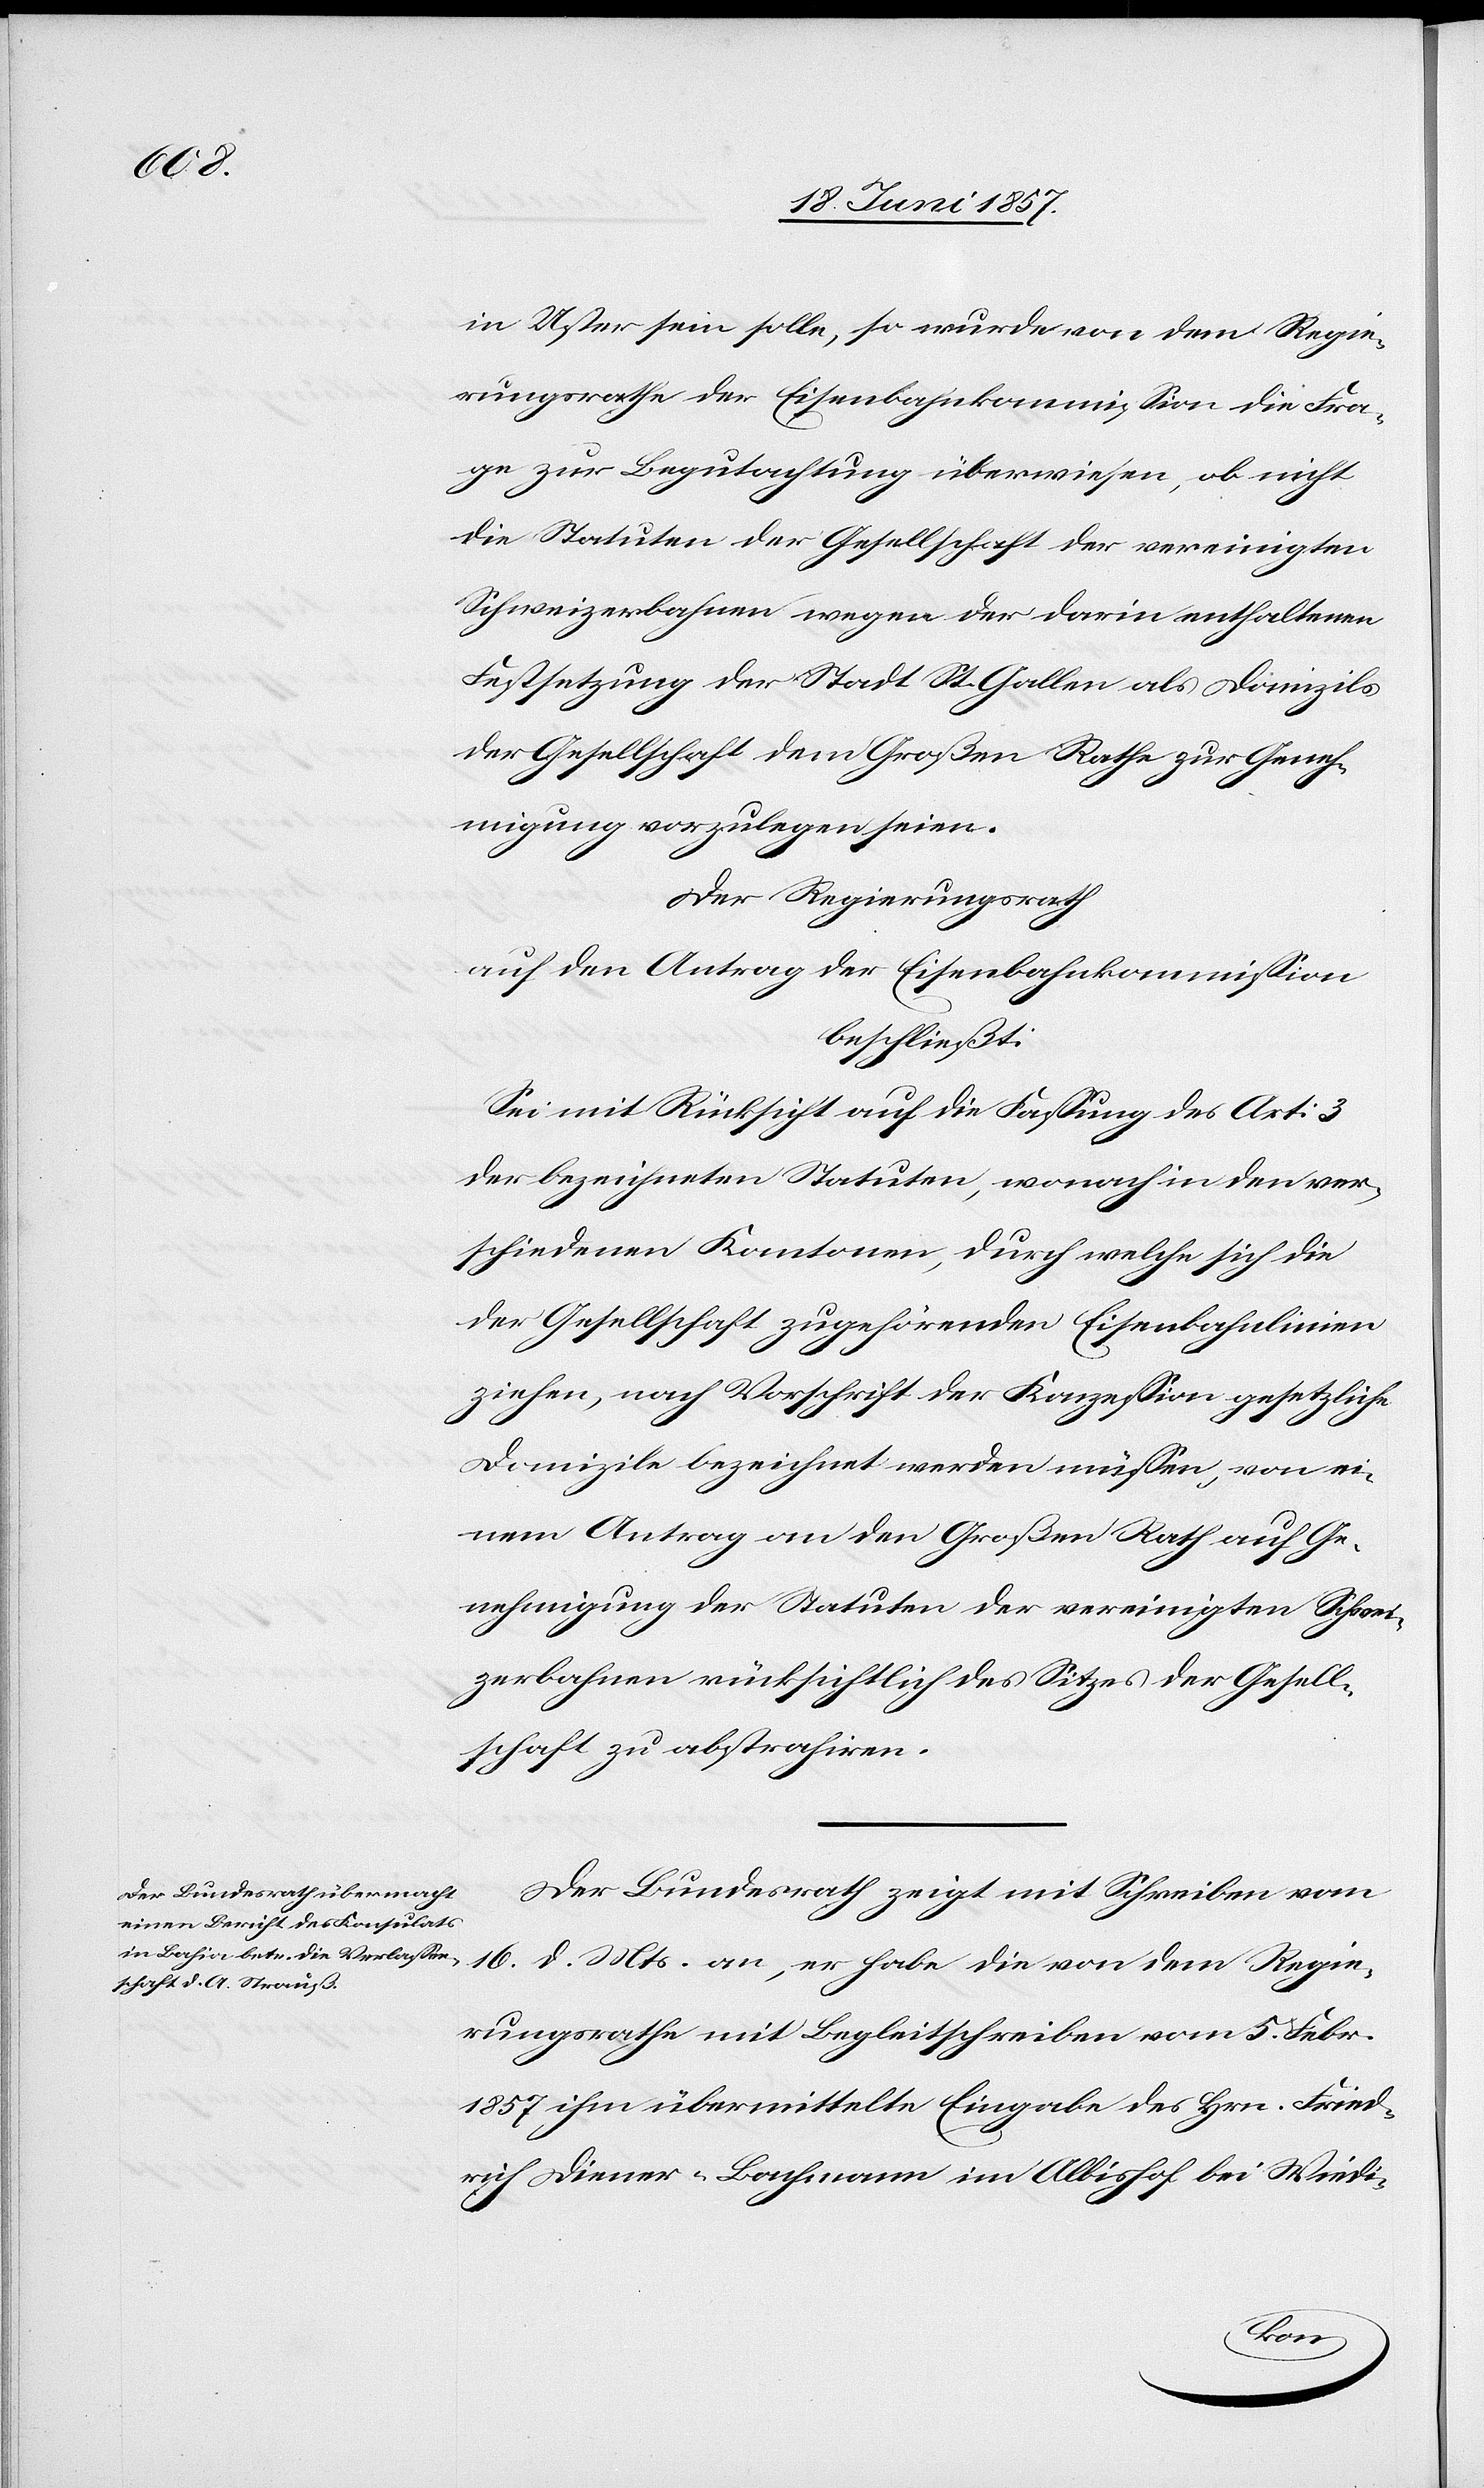
in Uster sein solle, so wurde von dem Regie¬
rungsrathe der Eisenbahnkommission die Fra¬
ge zur Begutachtung überwiesen, ob nicht
die Statuten der Gesellschaft der vereinigten
Schweizerbahnen wegen der darin enthaltenen
Festsetzung der Stadt St. Gallen als Domizils
der Gesellschaft dem Großen Rathe zur Geneh¬
migung vorzulegen seien.
Der Regierungsrath,
auf den Antrag der Eisenbahnkommission
beschließt:
Sei mit Rücksicht auf die Festung des Art. 3
der bezeichneten Statuten, wonach in den ver¬
schiedenen Kantonen, durch welche sich die
der Gesellschaft zugehörenden Eisenbahnlinien
ziehen, nach Vorschrift der Konzession gesetzliche
Domizile bezeichnet werden müssen, von ei¬
nem Antrag an den Großen Rath auf Ge¬
nehmigung der Statuten der vereinigten Schwei¬
zerbahnen rücksichtlich des Sitzes der Gesell¬
schaft zu abstrahiren.
Der Bundesrath zeigt mit Schreiben vom
16 d. Mts. an, er habe die von dem Regie¬
rungsrathe mit Begleitschreiben vom 5 Febr.
1857 ihm übermittelte Eingabe des Hrn. Fried¬
rich Diener-Bachmann im Albishof bei Wiedi-